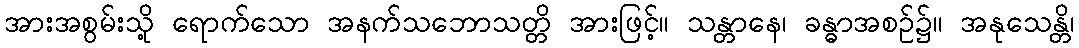
အားအစွမ်းသို့ ရောက်သော အနက်သဘောသတ္တိ အားဖြင့်။ သန္တာနေ၊ ခန္ဓာအစဉ်၌။ အနုသေန္တိ၊